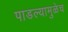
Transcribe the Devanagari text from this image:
पाडल्यामुळेच